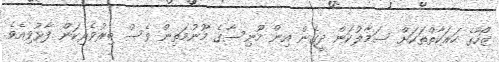
ޒޯހާގެ ހަރަކާތްތަކަށް ސަމާލުކަން ދީގެން އިން މޫނިސާގެ މޫނުމަތިން ވެސް ބިރުވެރިކަން ފާޅުވިއެވެ.